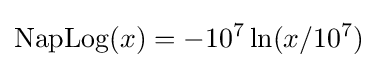
\mathrm {NapLog} (x)=-10^{7}\ln(x/10^{7})